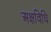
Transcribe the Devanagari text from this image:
अक्षविधि